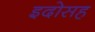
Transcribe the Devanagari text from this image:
इदोसह